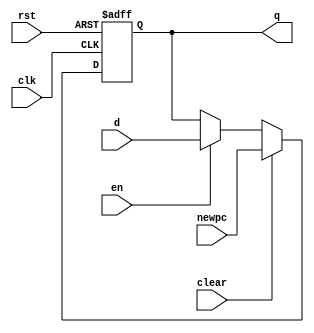
`timescale 1ns / 1ps
//////////////////////////////////////////////////////////////////////////////////
// Company: 
// Engineer: 
// 
// Design Name: 
// Module Name: pc
// Project Name: 
// Target Devices: 
// Tool Versions: 
// Description: 
// 
// Dependencies: 
// 
// Revision:
// Revision 0.01 - File Created
// Additional Comments:
// 
//////////////////////////////////////////////////////////////////////////////////


module pc #(parameter WIDTH = 8)(
	input wire clk,rst,en,clear,
	input wire[WIDTH-1:0] d,
	input wire[WIDTH-1:0] newpc,
	output reg[WIDTH-1:0] q
    );
	always @(posedge clk,posedge rst) begin
		if(rst) begin
			q <= 32'hBFC00000;
	    end else if(clear) begin
	        q <= newpc;
	    end else if(en) begin
			/* code */
			q <= d;
		end
	end
endmodule